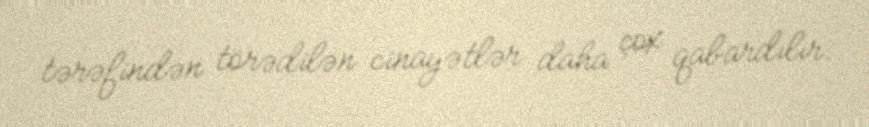
tərəfindən törədilən cinayətlər daha çox qabardılır.